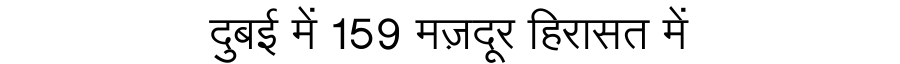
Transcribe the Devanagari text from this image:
दुबई में 159 मज़दूर हिरासत में